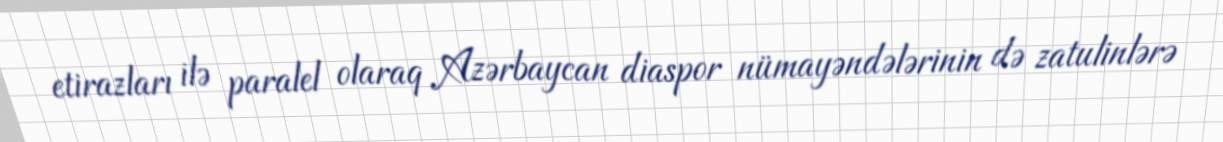
etirazları ilə paralel olaraq Azərbaycan diaspor nümayəndələrinin də zatulinlərə